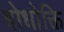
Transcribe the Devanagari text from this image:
बोधोक्ति